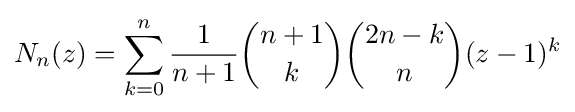
N_{n}(z)=\sum _{k=0}^{n}{\frac {1}{n+1}}{n+1 \choose k}{2n-k \choose n}(z-1)^{k}